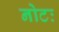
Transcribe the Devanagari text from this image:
नोटः